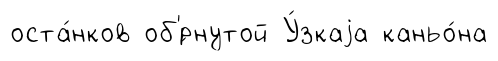
оста́нков об'́рнутой У́зкаjа каньо́на